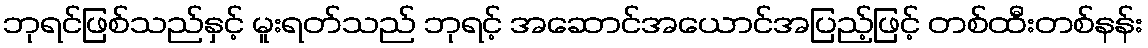
ဘုရင်ဖြစ်သည်နှင့် မူးရတ်သည် ဘုရင့် အဆောင်အယောင်အပြည့်ဖြင့် တစ်ထီးတစ်နန်း